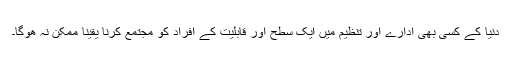
دنیا کے کسی بھی ادارے اور تنظیم میں ایک سطح اور قابلیت کے افراد کو مجتمع کرنا یقیناً ممکن نہ ھوگا۔